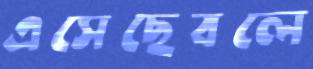
এসেছেবলে